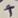
Text: +